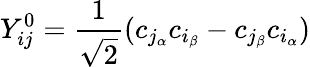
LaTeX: Y_{ij}^{0}=\frac{1}{\sqrt{2}}(c_{{j_{\alpha}}}c_{{i_{\beta}}}-c_{{j_{\beta}}}c_{{i_{\alpha}}})